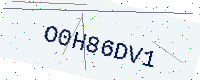
Text: O0H86DV1